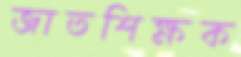
জাতশিক্ষক